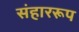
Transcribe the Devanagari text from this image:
संहाररूप